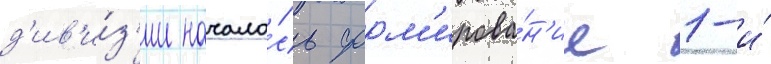
д'ив'и́з'ии начало́сь форм'ирова́н'ие 1-и́